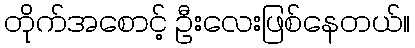
တိုက်အစောင့် ဦးလေးဖြစ်နေတယ်။